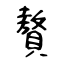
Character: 贅